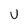
Character: v